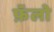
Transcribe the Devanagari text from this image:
फ़ॅलो